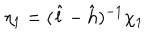
LaTeX: \eta _ { 1 } = ( \hat { l } - \hat { h } ) ^ { - 1 } \chi _ { 1 }